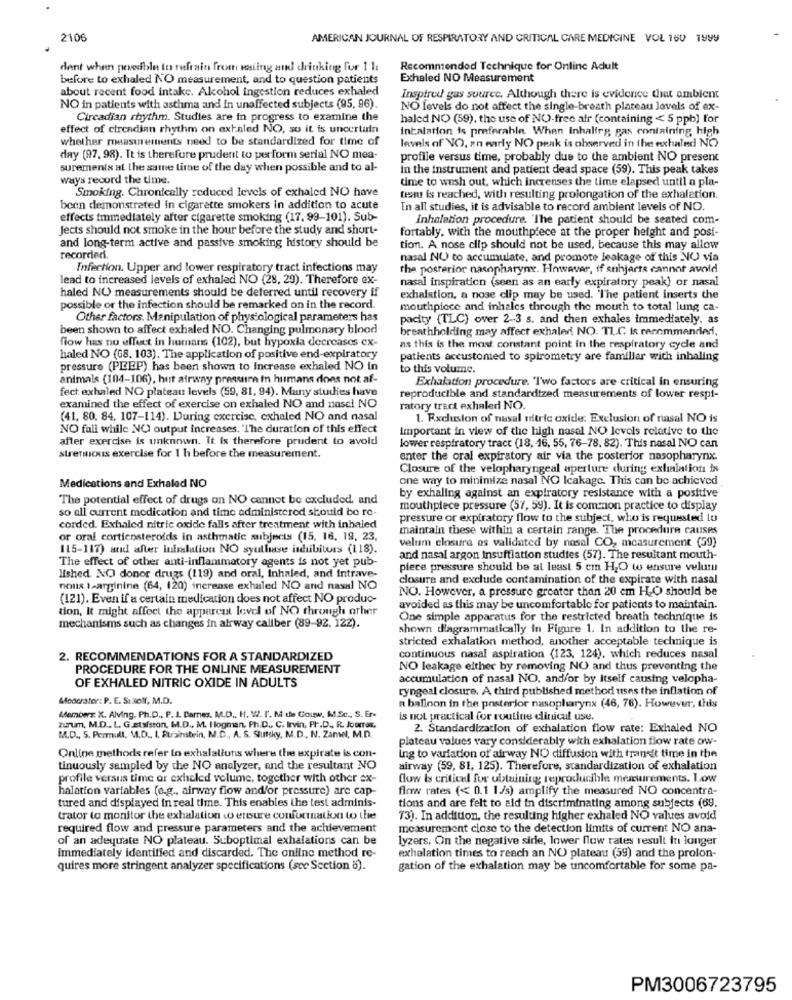
2106
AMERICAN JOURNAL OF RESPIRATORY AND CRITICAL CARE MEDICINE VOL 160 1999
dent when possible to refrain from wasting and drinking for 1 11
Recommended Technique for Online Adult
before to exhaled NO measurement, and to question patients
Exhaled NO Measurement
about recent food intake. Alcohol ingestion reduces exhaled
Inspired gus source. Although there is evidence that ambient
NO in patients with asthma and in unaffected subjects (95, 96).
NO levels do not affect the single-breath plateau levels of ex-
Circadian rhythm. Studies are in progress to examine the
haled NO (59), the use of NO-free afr (containing < 5 ppb) for
effect of circadian rhythm on extaled NO, so it is uncertain
intalation is preferable. When inhalirg gas containing high
whether measurements need to be standardized for time of
levels of NO, an early NO peak is observed in the exhaled NO
day (97. 98). It is therefore prudent to perform serial NO mea-
profile versus time, probably due to the ambient NO present
surementx at the same time of the day when possible and to al-
in the instrument and patient dead space (59). This peak takes
ways record the time.
time to wash out, which increases the time elapsed until a pla-
Smoking. Chronically reduced levels of exhaled NO have
teau is reached, with resulting prolongation of the exhalation.
been demonstrated in cigarette smokers in addition to acute
In all studies, it is advisable to record ambient levels of NO.
effects immediately after cigarette smoking (17, 99-101). Sub-
inhalation procedure. "The patient should be seated com-
jects should not smoke in the hour before the study and short-
fortably, with the mouthpiece at the proper height and posi-
and long-term active and passive smoking history should be
tion. A nose clip should not be used, because this may allow
recorded.
nasal NO to accumulate, and promote leakage of this NO via
Infection. Upper and lower respiratory tract infections may
the posterior nasopharyny. However, if suhjerte cannot avoid
lead to increased levels of exhaled NO (28, 29). Therefore ex-
nasal inspiration (seen as an early expiratory peak) or nasal
haled NO measurements should be deferred until recovery if
exhalation, a nose clip may be used. The patient inserts the
possible or the infection should be remarked on in the record.
mouthpiece and inhales through the mouth to total lung ca-
Other factors. Manipulation of physiological parameters has
pacity (TLC) over 2-3 s. and then exhales immediately, as
been shown to affect exhaled NO. Changing pulmonary blood
breathholding may affect exhaler NO. TLC is recommander,
flow has no effect in humans (102), but hypoxia decreases cx-
as this is the most constant point in the respiratory cyde and
haled NO (G8. 103). The application of positive end-expiratory
patients accustomed to spirometry are familiar with inhaling
pressure (PEEP) has been shown to Increase exhaled NO in
to this volume.
animals (104-106), hut airway pressure in humans does not af-
Exhalation procedure. "I'wo factors are critical in ensuring
fect exhaled NO plateau levels (59, 81, 94). Many studies have
reproducible and standardized measurements of lower respi-
examined the effect of exercise on exhaled NO and nasal NO
ratory tract exhaledi NO.
(41, 80. 84. 107-114). During exercise, exhaled NO and nasal
1. Exclusion of nasal nitric oxide: Exclusion of nasal NO is
NO fall while NO output increases. "The duration of this effect
Important in view of the high nasel NO levels relative to the
after exercise is unknown. It is therefore prudent to avold
strenuous exercise for 1 h before the measurement.
lower respiratory tract (18, 16, 55, 76-78. 82). This nasal NO can
enter the oral expiratory air via the posterior nasopharynx.
Closure of the velopharyngeal aperture during exhalation is
one way to minimize nasal NO Icakage. This can be achieved
Medications and Exhaled NO
The potential effect of drugs on NO cannot be excluded, and
by exhaling against an expiratory resistance with a positive
so all current medication and time administered should be re-
mouthpiece pressure (57, 59). It is common practice to display
pressure or expiratory flow to the subject, who is requested lu
corded. Exhaled nitric oxide falls after treatment with inhaled
maintain these within a certain range. The procedure causes
or oral corticosteroids in asthmatic subjects (15, 16, 19, 23,
velum closure os validated by nasal CO, measurement (59)
115-117) and after ininlation NO syutliase inhibitors (118).
The effect of other anti-inflammatory agents is not yet pub-
and nasal argon Insufflation studies (57). The resultant mouth-
piece pressure should be at least 5 cm H2O to ensure velum
lished. NO donor drugs (119) and oral, Inhaled, and Intrave-
closure and exclude contamination of the expirate with nasal
nous 1-arginine (64, 120) increase exhaled NO and nasal NO
NO. However, a pressure greater than 20 cm H.O should be
(121). Even if a certain medication does not affect NO produc-
tion, It might affect the apparent level of NO through other
avoided as this may be uncomfortable for patients to maintain.
One simple apparatus for the restricted breath technique is
mechanisms such as changes in airway caliber (89-92, 122).
shown d'agrammatically in Figure 1. In addition to the re-
stricted exhalation method, another acceptable technique is
2. RECOMMENDATIONS FOR A STANDARDIZED
continuous nasal aspiration (123, 124), which reduces nasal
PROCEDURE FOR THE ONLINE MEASUREMENT
NO leakage either by removing NO and thus preventing the
OF EXHALED NITRIC OXIDE IN ADULTS
accumulation of nasal NO, and/or by Itself causing velopha-
ryngeal closure. A third published method uses the inflation of
Moderater: P. E. So koli, M.D.
Members: K. Alving, Ph.D ., P. J. Barnes, M.D ., H. W. I'. M de Gouw, M.Sc ., S. Er-
a balloon in the posterior nasopharynx (46, 76). However, this
zurum, M.D ., L. G.Etafston, M.D ., M. I logman, Ph.D ., C. Irvin, PI -. D ., R. Joutras,
is not practical for routine clinical use.
2. Standardization of exhalation flow rate: Exhaled NO
M.D ., S. Permull, M.D ., I, Rubinstein, M.D ., A. S. Slutsky, M.D ., N. Zanel, M.D.
plateau values vary considerably with exhalation flow rate ow-
Online methods refer to exhalationis where the expirate is con-
ing to variation of airway NO diffusion with transit time in the
tinuously sampled by the NO analyzer, and the resultant NO
airway (59, 81, 125). Therefore, standardization of exhalation
profile versus time or exheled volume, together with other ex-
flow Is critical for obtaining reproducible measurements. Low
halation variables (e.g ., airway flow and/or pressure) are cap-
fimw rates (< 0.1 I/s) amplify the measured NO concentra-
tured and displayed in real time. This enables the test adminis-
tions and are felt to aid in discriminating among subjects (69.
trator to monitor the exhalation co ereure confortnation to the
73). In addition, the resulting higher exhaled NO values avoid
required flow and pressure parameters and the achievement
measurement close to the detection limits of current NO ana-
of an adequate NO plateau. Suboptimal exhalations can be
lyzers. On the negative side, lower flow rates result In longer
immediately identified and discarded. The online method re-
exhalation times to reach an NO plateau (59) and the prolon-
quires more stringent analyzer specifications (see Section 8).
gation of the exhalation may be uncomfortable for some pa-
PM3006723795